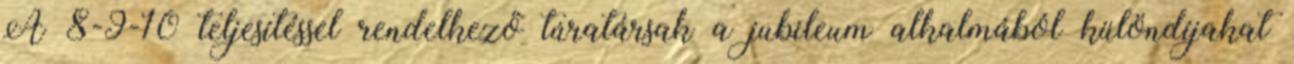
A 8-9-10 teljesítéssel rendelkező túratársak a jubileum alkalmából különdíjakat